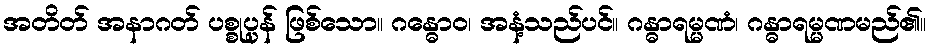
အတိတ် အနာဂတ် ပစ္စုပ္ပန် ဖြစ်သော။ ဂန္ဓောဝ၊ အနံ့သည်ပင်။ ဂန္ဓာရမ္မဏံ၊ ဂန္ဓာရမ္မဏမည်၏။